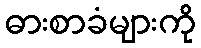
ဓားစာခံများကို